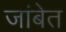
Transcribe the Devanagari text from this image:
जांबेत